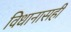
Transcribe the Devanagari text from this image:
विधानासही